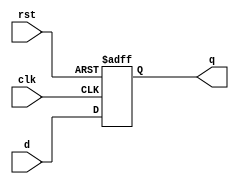
module dff(input clk, rst, d, output reg q);

    always @ (posedge clk or posedge rst)
        if (rst)
            q <= 1'b0; 
        else begin
            q <= d;
    end
endmodule
module E_3(input clk, rst, A, output S2, S1, S0, SF2, SF1, SF0, Y2, Y1, Y0);
    //salidas de estados presentes y futuros
    wire S2, S1, S0, SF2, SF1, SF0;
    //asignación de cada estado futuro con su ecuación minimizada
    assign SF2 = (~S2 & S1 & S0 & A) | (~S2 & ~S1 & ~S0 & ~A) | (S2 & S0 & ~A) | (S2 & ~S1 & A) | (S2 & S1 & ~S0);
    assign SF1 = (S1 & S0 & ~A) | (~S1 & S0 & A) | (~S1 & ~S0 & ~A) | (S1 & ~S0 & A);
    assign SF0 = ~S0;
    //creación de los flip flops para cada estado y asignación de variables a cada módulo
    dff FF2(clk, rst, SF2, S2);
    dff FF1(clk, rst, SF1, S1);
    dff FF0(clk, rst, SF0, S0);
    //asignación de las salidas de la fsm con sus ecuaciones minimizadas
    assign Y2 = S2;
    assign Y1 = (~S2 & S1) | (S2 & ~S1);
    assign Y0 = (S1 & ~S0) | (~S1 & S0);
endmodule